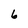
Character: 6